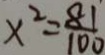
x ^ { 2 } = \frac { 8 1 } { 1 0 0 }